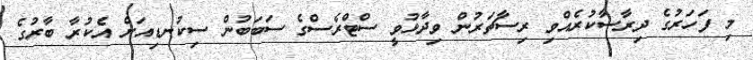
މި ފަހަރުގެ ދިރާސާކުރެއްވި ރިސާޗަރުން ވިދާޅުވީ ސްޓްރެސްގެ ސަބަބުން ސިކުނޑިއަށް އެކުރާ ބާރުގެ